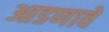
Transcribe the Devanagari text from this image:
आडणावे